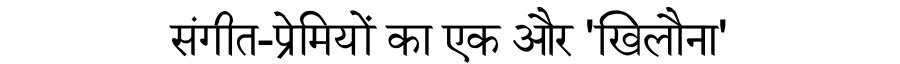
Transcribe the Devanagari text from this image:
संगीत-प्रेमियों का एक और 'खिलौना'